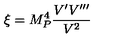
\xi = M _ { P } ^ { 4 } \frac { V ^ { \prime } V ^ { \prime \prime \prime } } { V ^ { 2 } }